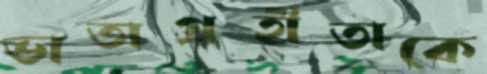
ভাতাগ্রহীতাকে